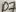
Text: D7